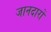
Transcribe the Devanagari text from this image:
जानदारों